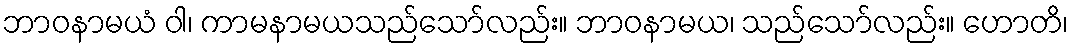
ဘာဝနာမယံ ဝါ၊ ကာမနာမယသည်သော်လည်း။ ဘာဝနာမယ၊ သည်သော်လည်း။ ဟောတိ၊